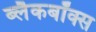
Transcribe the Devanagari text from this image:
ब्लैकबॉक्स